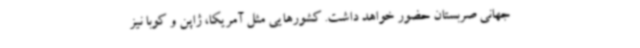
جهانی صربستان حضور خواهد داشت. کشورهایی مثل آمریکا، ژاپن و کوبا نیز